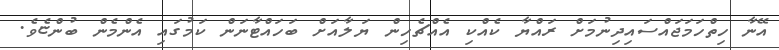
އޭނާ ހިތްހަމަޖައްސައިދިނުމަށް ރައްޔާ ކެއްކި އެއްޗެހިން ޔަލާއަށް ބަހައްޓާނަން ކަމުގައި އެންމެން ބުންޏެވެ.